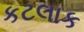
કટલાક